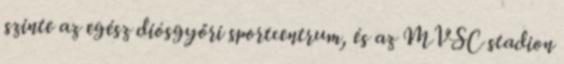
szinte az egész diósgyőri sportcentrum, és az MVSC stadion